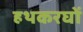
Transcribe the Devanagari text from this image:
हथकरघों